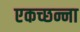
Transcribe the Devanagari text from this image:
एकच्छन्ना